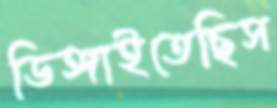
ডিঙ্গাইতেছিস